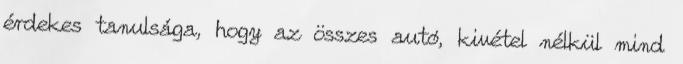
érdekes tanulsága, hogy az összes autó, kivétel nélkül mind